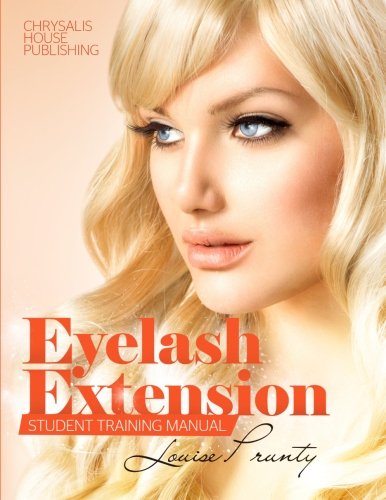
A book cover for Eyelash Extensions Manual - Professional Student Manual; Louse Prunty; Education & Teaching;